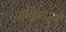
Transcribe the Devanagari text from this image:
सन्निधान